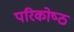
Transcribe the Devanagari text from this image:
परिकोष्‍ठ